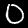
Label: 0